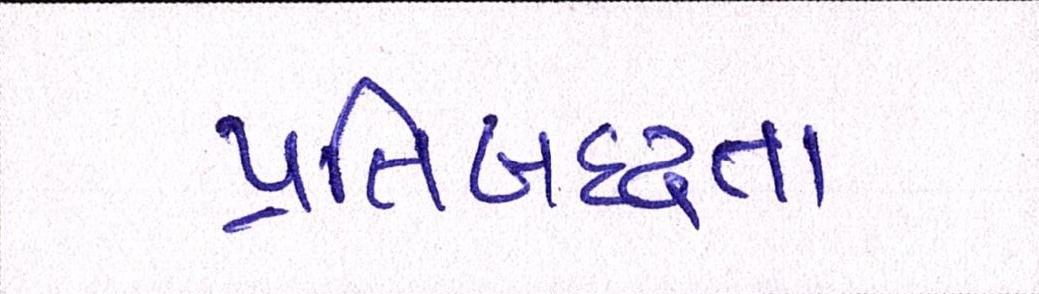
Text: પ્રતિબદ્ધતા